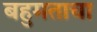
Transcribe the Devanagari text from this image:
बहुमताचा